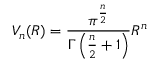
V _ { n } ( R ) = { \frac { \pi ^ { \frac { n } { 2 } } } { \Gamma \left( { \frac { n } { 2 } } + 1 \right) } } R ^ { n }